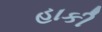
હાકી